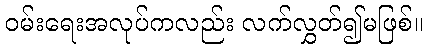
ဝမ်းရေးအလုပ်ကလည်း လက်လွှတ်၍မဖြစ်။